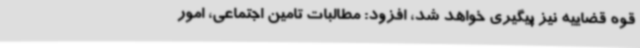
قوه قضاییه نیز پیگیری خواهد شد، افزود: مطالبات تامین اجتماعی، امور